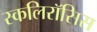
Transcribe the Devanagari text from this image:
स्कलिरॉसिस